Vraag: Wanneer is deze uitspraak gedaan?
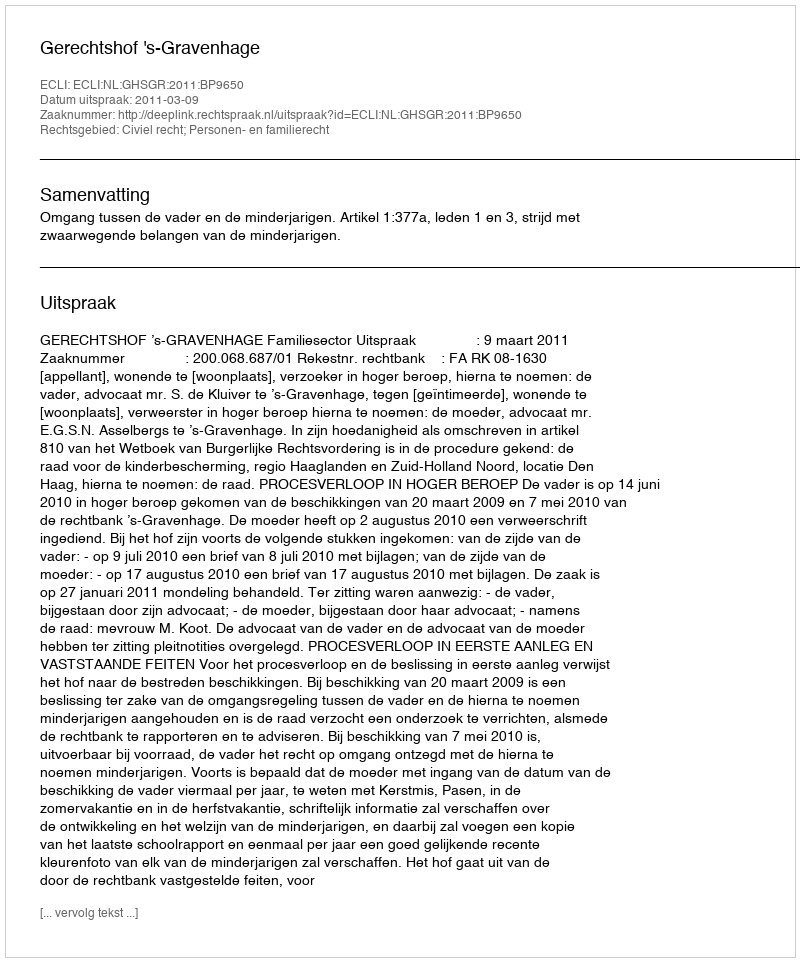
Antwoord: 2011-03-09